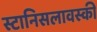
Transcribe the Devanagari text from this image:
स्टानिसलावस्की